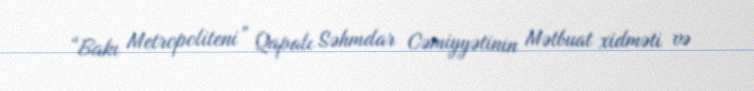
“Bakı Metropoliteni” Qapalı Səhmdar Cəmiyyətinin Mətbuat xidməti və